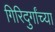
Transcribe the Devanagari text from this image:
गिरिदुर्गांच्या